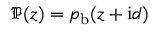
{ \mathfrak P } ( z ) = { p } _ { \mathrm { b } } ( z + \mathrm { i } d )